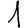
Digit: 1